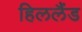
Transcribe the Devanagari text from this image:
हिललैंड